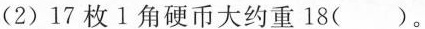
(2)17枚1角硬币大约重18( )。